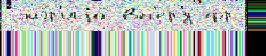
 мэ́р'иjа вп'ер'́д фр